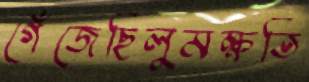
গেঁজেছিলুমক্ষতি